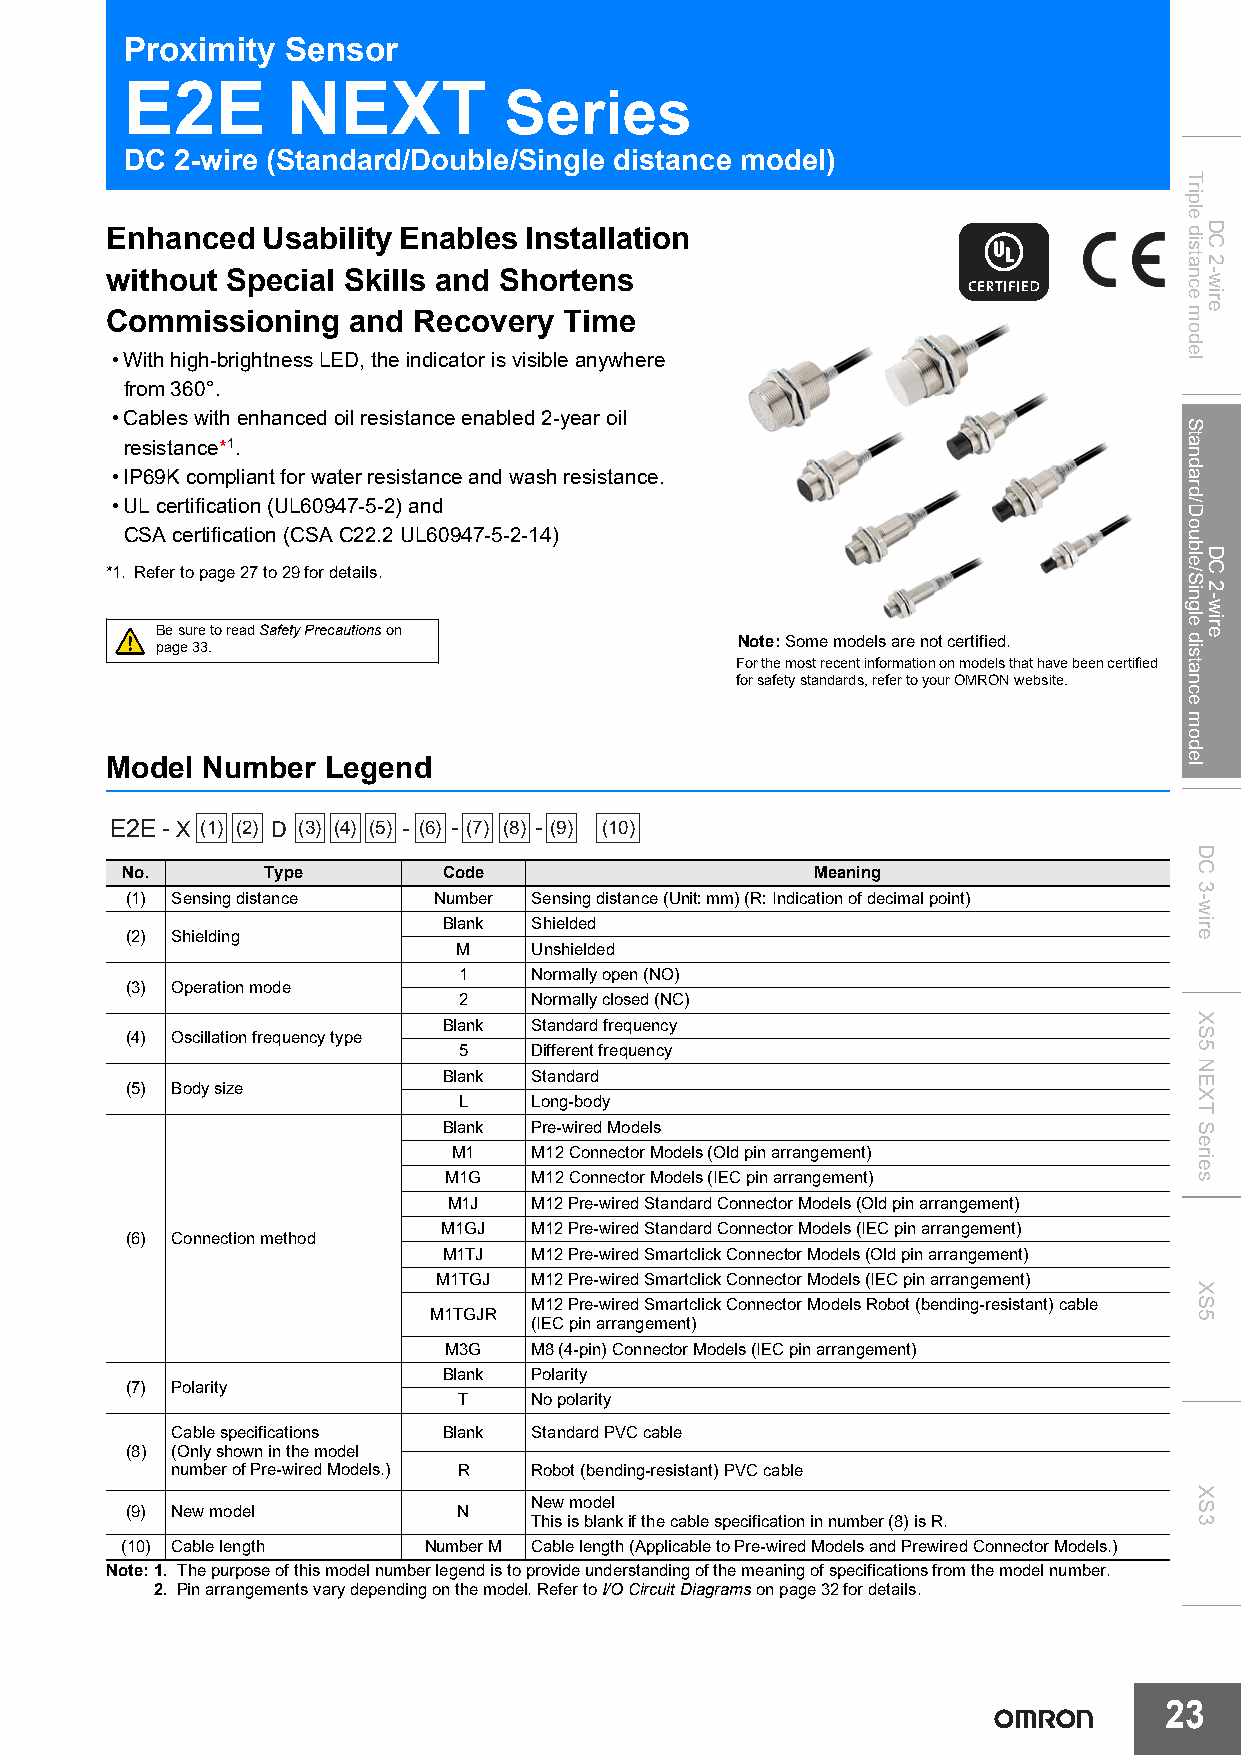
Proximity  Sensor
 E2E        NEXT
 Series
 DC  2-wire (Standard/Double/Single distance model)
 Enhanced  Usability Enables Installation
 without Special Skills and Shortens
 Commissioning   and Recovery  Time
 •With high-brightness LED, the indicator is visible anywhere
 from 360°.
 •Cables with enhanced oil resistance enabled 2-year oil
 resistance*1.
 •IP69K compliant for water resistance and wash resistance.
 •UL certification (UL60947-5-2) and
 CSA certification (CSA C22.2 UL60947-5-2-14)
 *1. Refer to page27 to 29 for details.
 Be sure to read Safety Precautions on
 Note:Some models are not certified.
 page33.
 For the most recent information on models that have been certified
 for safety standards, refer to your OMRON website.
 Model Number  Legend
 E2E-X (1) (2) D (3) (4) (5) - (6) - (7) (8) - (9) (10)
 No.      Type        Code                     Meaning
 (1) Sensing distance Number Sensing distance (Unit: mm) (R: Indication of decimal point)
 Blank Shielded
 (2) Shielding
 M    Unshielded
 1    Normally open (NO)
 (3) Operation mode
 2    Normally closed (NC)
 Blank Standard frequency
 (4) Oscillation frequency type
 5    Different frequency
 Blank Standard
 (5) Body size
 L    Long-body
 Blank Pre-wired Models
 M1   M12 Connector Models (Old pin arrangement)
 M1G   M12 Connector Models (IEC pin arrangement)
 M1J  M12 Pre-wired Standard Connector Models (Old pin arrangement)
 M1GJ  M12 Pre-wired Standard Connector Models (IEC pin arrangement)
 (6) Connection method
 M1TJ  M12 Pre-wired Smartclick Connector Models (Old pin arrangement)
 M1TGJ M12 Pre-wired Smartclick Connector Models (IEC pin arrangement)
 M12 Pre-wired Smartclick Connector Models Robot (bending-resistant) cable
 M1TGJR
 (IEC pin arrangement)
 M3G   M8 (4-pin) Connector Models (IEC pin arrangement)
 Blank Polarity
 (7) Polarity
 T    No polarity
 Cable specifications Blank Standard PVC cable
 (8) (Only shown in the model
 number of Pre-wired Models.) R Robot (bending-resistant) PVC cable
 New model
 (9) New model         N
 This is blank if the cable specification in number (8) is R.
 (10) Cable length   Number M Cable length (Applicable to Pre-wired Models and Prewired Connector Models.)
 Note:1. The purpose of this model number legend is to provide understanding of the meaning of specifications from the model number.
 2. Pin arrangements vary depending on the model. Refer to I/O Circuit Diagrams on page 32 for details.
 23
 Triple
 distance
 model
 Standard/Double/Single
 distance
 model
 DC
 3-wire
 XS5
 NEXT
 Series
 XS5
 XS3
 DC
 2-wire
 DC
 2-wire